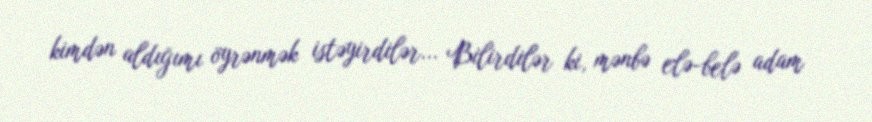
kimdən aldığımı öyrənmək istəyirdilər... Bilirdilər ki, mənbə elə-belə adam